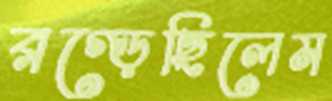
রগ্‌ড়েছিলেম